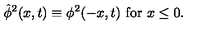
{ \hat { \phi } } ^ { 2 } ( x , t ) \equiv \phi ^ { 2 } ( - x , t ) \ \mathrm { f o r } \ x \le 0 .